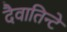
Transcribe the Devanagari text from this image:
दैवातिन्टे